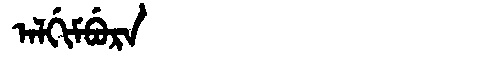
Manchu: ᠠᠯᡤᡳᠮᠪᡠᡵᠠ
Romanization: ALGIMBURA